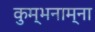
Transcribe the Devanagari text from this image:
कुम्भनाम्ना